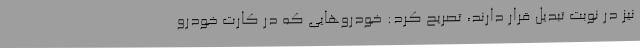
نیز در نوبت تبدیل قرار دارند، تصریح کرد: خودروهایی که در کارت خودرو